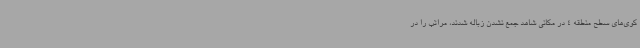
کوی‌های سطح منطقه 4 در مکانی شاهد جمع‌ نشدن زباله شدند، مراتب را در